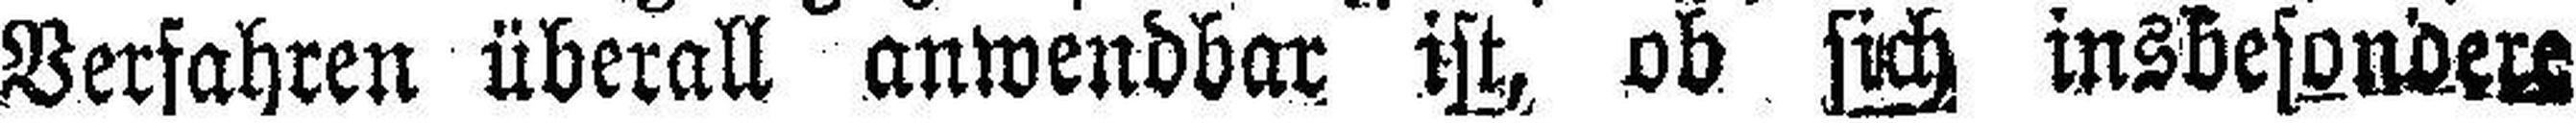
Verfahren überall anwendbar ist, ob sich insbesondere